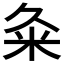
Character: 粂